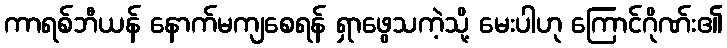
ကာရစ်ဘီယန် နောက်မကျစေရန် ရှာဖွေသကဲ့သို့ မေးပါဟု ကြောင်ဂိုဏ်း၏